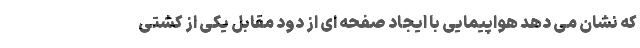
که نشان می دهد هواپیمایی با ایجاد صفحه ای از دود مقابل یکی از کشتی